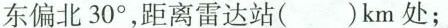
东偏北30°，距离雷达站( )km处；